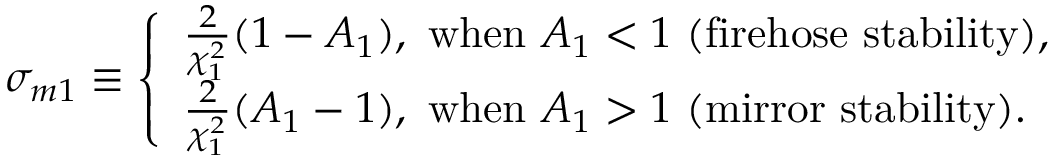
\sigma _ { m 1 } \equiv \left\{ \begin{array} { l } { \frac { 2 } { \chi _ { 1 } ^ { 2 } } ( 1 - A _ { 1 } ) , ~ \mathrm { w h e n } ~ A _ { 1 } < 1 ~ ( \mathrm { f i r e h o s e } ~ \mathrm { s t a b i l i t y } ) , } \\ { \frac { 2 } { \chi _ { 1 } ^ { 2 } } ( A _ { 1 } - 1 ) , ~ \mathrm { w h e n } ~ A _ { 1 } > 1 ~ ( \mathrm { m i r r o r } ~ \mathrm { s t a b i l i t y } ) . } \end{array} \right.